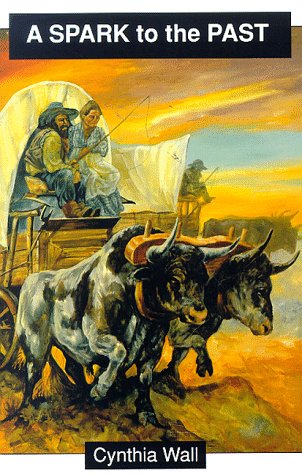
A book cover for A Spark to the Past; Cynthia Wall; Teen & Young Adult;